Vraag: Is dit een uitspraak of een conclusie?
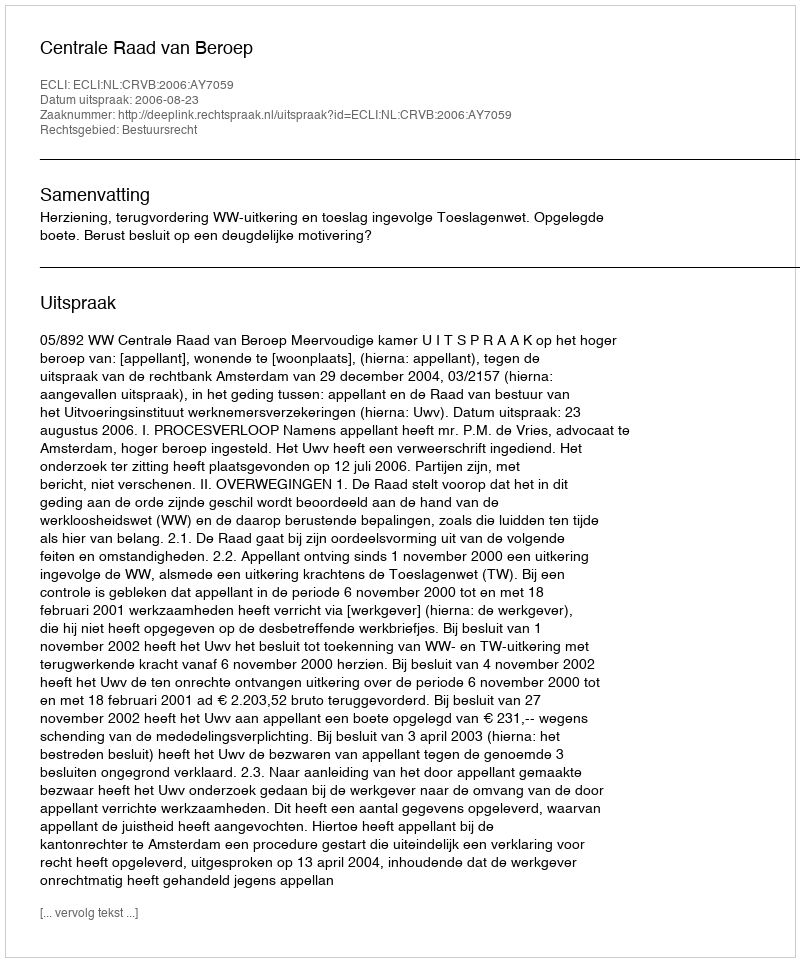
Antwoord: Uitspraak